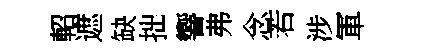
軺遮缺拙響弗念若涉軍